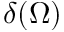
\delta ( \Omega )